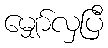
မျှော်လှပြီ